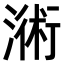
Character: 𣻚